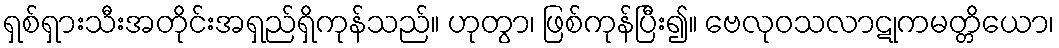
ရှစ်ရှားသီးအတိုင်းအရှည်ရှိကုန်သည်။ ဟုတွာ၊ ဖြစ်ကုန်ပြီး၍။ ဗေလုဝသလာဋုကမတ္တိယော၊